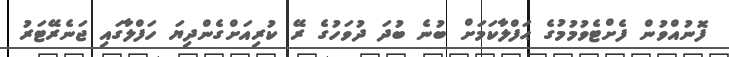
ފޮނުއްވުން ފެށްޓެވުމުމުގެ ޙަފްލާކަމަށް ބުނެ ބުދަ ދުވަހުގެ ރޭ ކުރިއަށްގެންދިޔަ ހަފްލާގައި ޖަނެރޭޓަރު